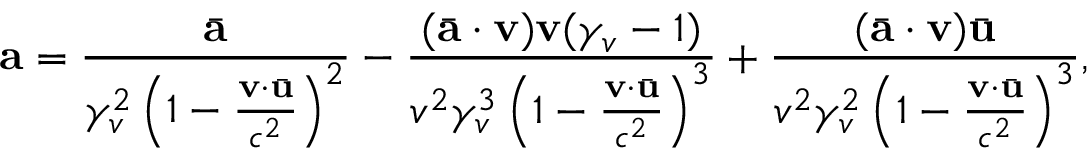
\mathbf { a } = \frac { \bar { \mathbf { a } } } { \gamma _ { v } ^ { 2 } \left( 1 - \frac { \mathbf { v } \cdot \bar { \mathbf { u } } } { c ^ { 2 } } \right) ^ { 2 } } - \frac { ( \bar { \mathbf { a } } \cdot \mathbf { v } ) \mathbf { v } ( \gamma _ { v } - 1 ) } { v ^ { 2 } \gamma _ { v } ^ { 3 } \left( 1 - \frac { \mathbf { v } \cdot \bar { \mathbf { u } } } { c ^ { 2 } } \right) ^ { 3 } } + \frac { ( \bar { \mathbf { a } } \cdot \mathbf { v } ) \bar { \mathbf { u } } } { v ^ { 2 } \gamma _ { v } ^ { 2 } \left( 1 - \frac { \mathbf { v } \cdot \bar { \mathbf { u } } } { c ^ { 2 } } \right) ^ { 3 } } ,